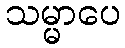
သမ္မာပေ